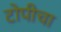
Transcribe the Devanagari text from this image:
टोपीचा